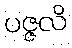
ပဇ္ဇလိ